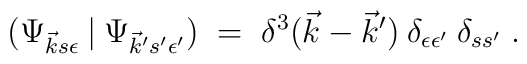
(\Psi_{\vec{k}s \epsilon} \:|\: \Psi_{\vec{k}' s' \epsilon'}) \;=\;     \delta^3(\vec{k}-\vec{k}')\: \delta_{\epsilon \epsilon'}\: \delta_{s s'}\;.